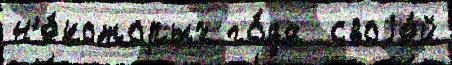
н'е́которых го́да  своjе́й